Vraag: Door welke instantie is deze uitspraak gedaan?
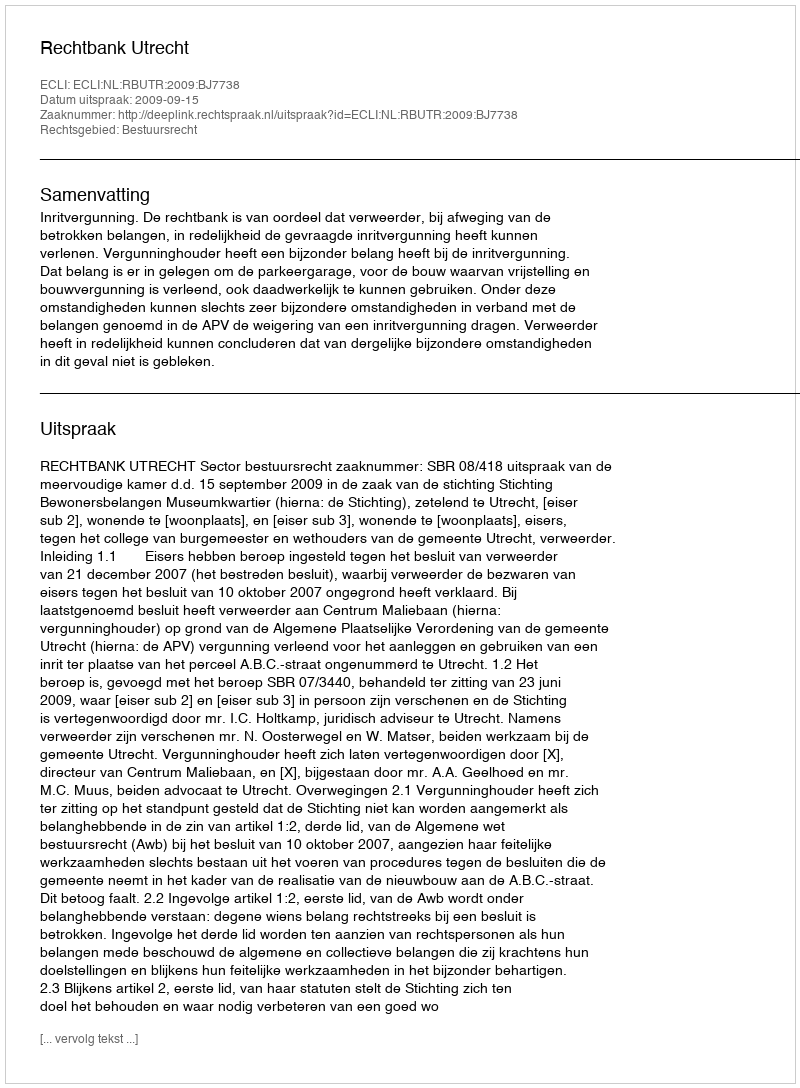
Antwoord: Rechtbank Utrecht